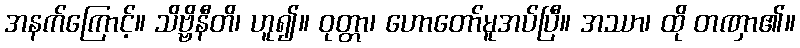
အနက်ကြောင့်။ သိဗ္ဗိနီတိ၊ ဟူ၍။ ဝုတ္တာ၊ ဟောတော်မူအပ်ပြီ။ အဿာ၊ ထို တဏှာ၏။